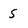
Character: S